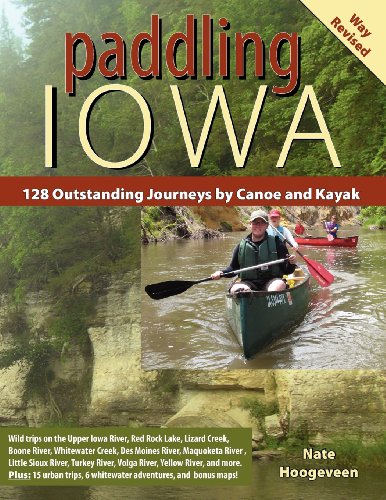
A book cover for Paddling Iowa: 128 Outstanding Journeys by Canoe and Kayak; Nate Hoogeveen; Sports & Outdoors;